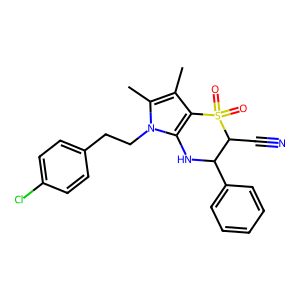
SMILES: Cc1c2c(n(CCc3ccc(Cl)cc3)c1C)NC(c1ccccc1)C(C#N)S2(=O)=O
Inhibits HIV replication: No